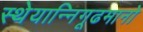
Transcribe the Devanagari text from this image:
स्थेयान्निगूढमानो